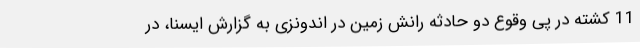
11 کشته در پی وقوع دو حادثه رانش زمین در اندونزی به گزارش ایسنا، در